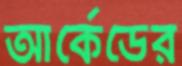
আর্কেডের